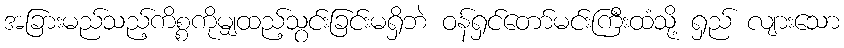
အခြားမည်သည့်ကိစ္စကိုမျှထည့်သွင်းခြင်းမရှိဘဲ ဝန်ရှင်တော်မင်းကြီးထံသို့ ရှည် လျားသော